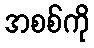
အစစ်ကို